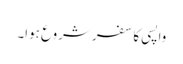
واپسی کا سفر شروع ہوا۔